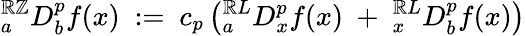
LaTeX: {}_{a}^{\mathbb{R}\mathbb{Z}}D_{b}^{p}f(x)~:=~c_{p}\left({}_{a}^{\mathbb{R}L}D_{x}^{p}f(x)~+~{}_{x}^{\mathbb{R}L}D_{b}^{p}f(x)\right)